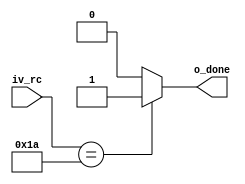
module mainfsm(
  iv_rc,
  o_done// finish signal 
  );

  input[4:0] iv_rc;
  output o_done;// finish signal 
  assign o_done = (iv_rc == 5'b1_1010)? 1'b1:1'b0;  

endmodule